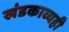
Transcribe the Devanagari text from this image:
खंडकाव्यही